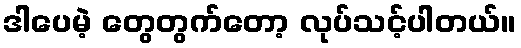
ဒါပေမဲ့ တွေတွက်တော့ လုပ်သင့်ပါတယ်။